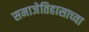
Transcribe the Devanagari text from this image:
समाजेतिहासाच्या